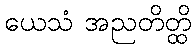
ယေသံ အညတိတ္ထိ